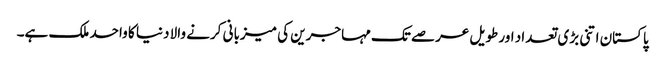
پاکستان اتنی بڑی تعداد اور طویل عرصے تک مہاجرین کی میزبانی کرنے والا دنیا کا واحد ملک ہے۔